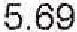
5.69